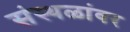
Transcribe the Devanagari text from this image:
संस्थळांवर